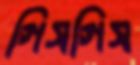
গিসগিস